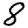
Digit: 8